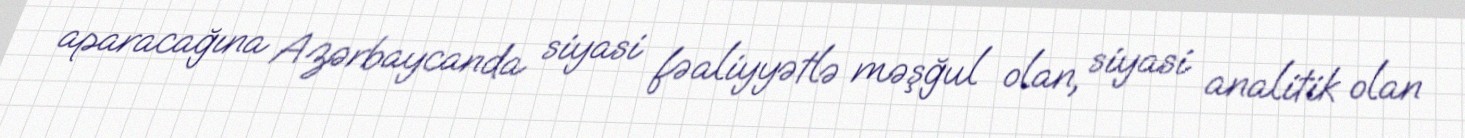
aparacağına Azərbaycanda siyasi fəaliyyətlə məşğul olan, siyasi analitik olan